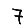
Digit: 7